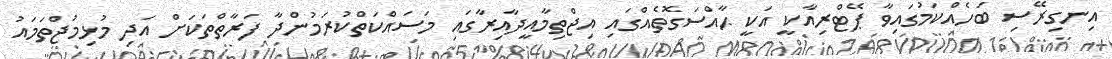
އިނގިރޭސި ބަހެއްކަމުގައިވާ ޕޭޓްރިއާކީ އަކީ ޙާއްސަގޮތެއްގައި އިޖްތިމާއީދާއިރާގައި މަސައްކަތްކުރަމުންދާ ފަރާތްތަކަށް އަދި މުޅިމުޖްތަމައު